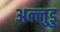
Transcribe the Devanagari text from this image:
अल्लुडु